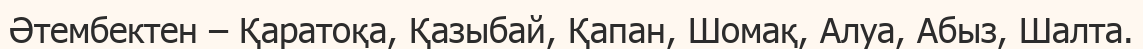
Әтембектен – Қаратоқа, Қазыбай, Қапан, Шомақ, Алуа, Абыз, Шалта.